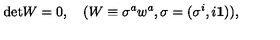
\mathrm { d e t } W = 0 , \quad ( W \equiv \sigma ^ { a } w ^ { a } , \sigma = ( \sigma ^ { i } , i { \mathbf 1 } ) ) ,